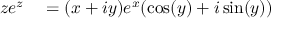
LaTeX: \begin{array} { r l } { z e ^ { z } } & { { } = ( x + i y ) e ^ { x } ( \cos ( y ) + i \sin ( y ) ) } \end{array}